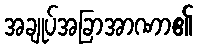
အချုပ်အခြာအာဏာ၏